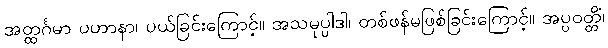
အတ္ထင်္ဂမာ ပဟာနာ၊ ပယ်ခြင်းကြောင့်။ အသမုပ္ပါဒါ၊ တစ်ဖန်မဖြစ်ခြင်းကြောင့်။ အပ္ပဝတ္တိံ၊